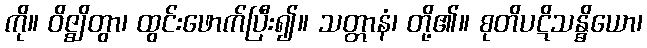
ကို။ ဝိဇ္ဈိတွာ၊ ထွင်းဖောက်ပြီး၍။ သတ္တာနံ၊ တို့၏။ စုတိပဋိသန္ဓိယော၊